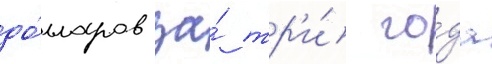
до́лларов за́ тр'и́ го́да